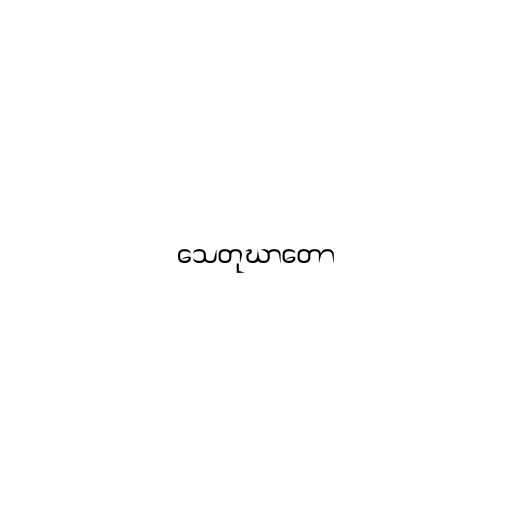
သေတုဃာတော